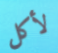
لأكل